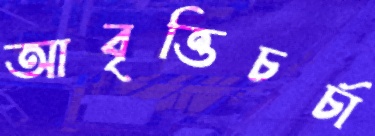
আবৃত্তিচর্চা